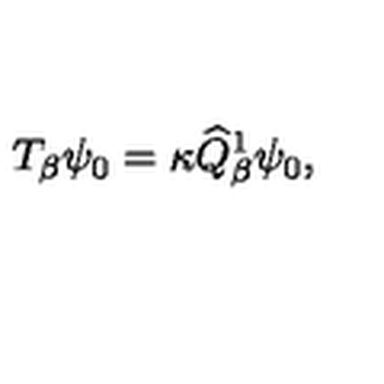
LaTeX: T _ { \beta } \psi _ { 0 } = \kappa \widehat { Q } _ { \beta } ^ { 1 } \psi _ { 0 } ,